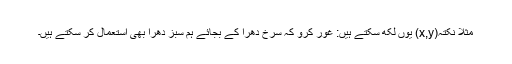
مثلاً نکتہ‭(x,y)‬ یوں لکھ سکتے ہیں: غور کرو کہ سرخ دھُرا کے بجائے ہم سبز دھُرا بھی استعمال کر سکتے ہیں۔